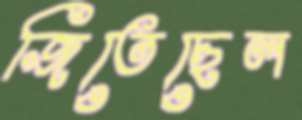
জিতেছেল